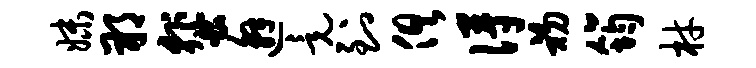
妹朔蜚邂竟到俱得初筠材